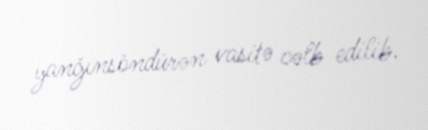
yanğınsöndürən vasitə cəlb edilib.